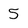
Character: 5